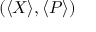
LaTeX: ( \langle X \rangle , \langle P \rangle )